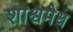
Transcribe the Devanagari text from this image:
शाश्वमेध